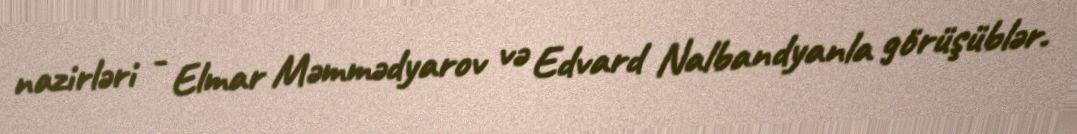
nazirləri - Elmar Məmmədyarov və Edvard Nalbandyanla görüşüblər.